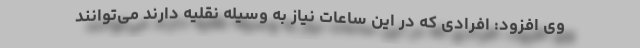
وی افزود: افرادی که در این ساعات نیاز به وسیله نقلیه دارند می‌توانند